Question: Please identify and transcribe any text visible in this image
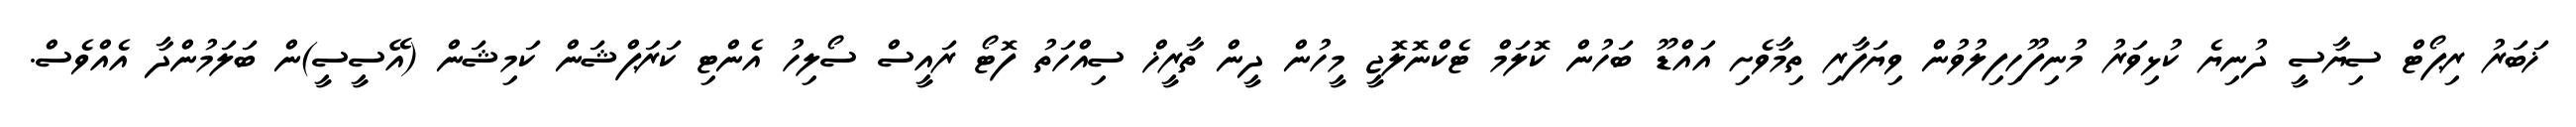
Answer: ޚަބަރު ރިޕޯޓް ސިޔާސީ ދުނިޔެ ކުޅިވަރު މުނިފޫހިފިލުވުން ވިޔަފާރި ތިމާވެށި އައްޑޫ ބަހުން ކޮލަމް ޓެކްނޮލޮޖީ މީހުން ދީން ތާރީޚް ސިއްހަތު ފޮޓޯ ރައީސް ސޯލިހު އެންޓި ކަރަޕްޝަން ކަމިޝަން (އޭސީސީ)ން ބަލަމުންދާ އެއްވެސް.